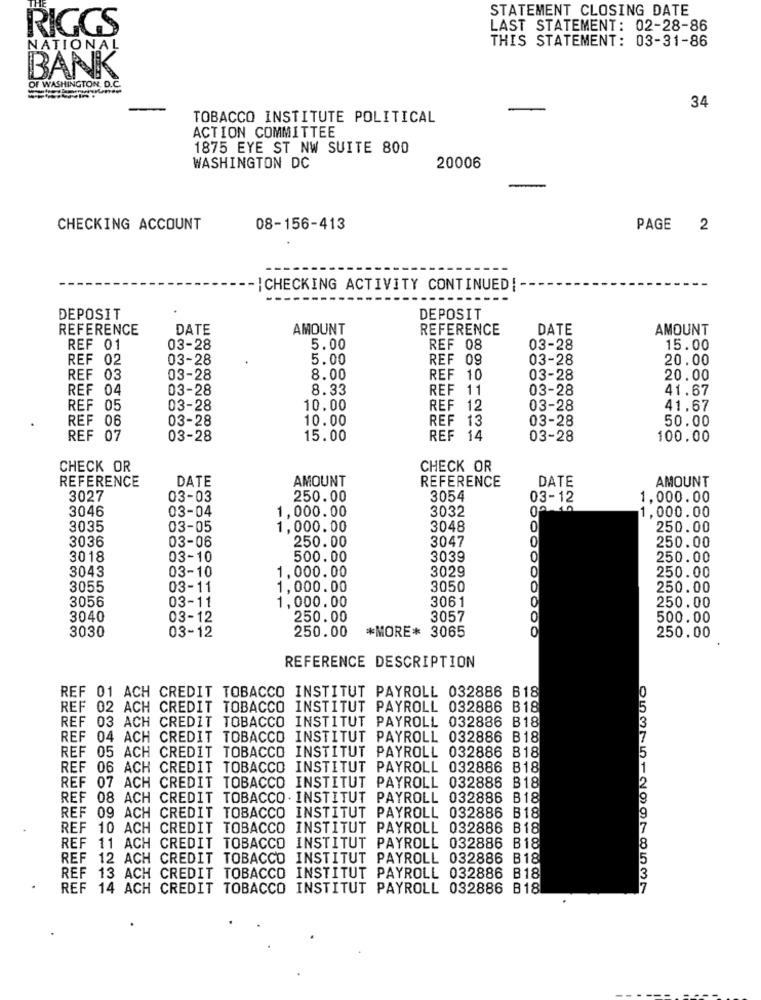
STATEMENT CLOSING DATE
RIGGS
LAST STATEMENT: 02-28-86
THIS STATEMENT: 03-31-86
NATIONAL
BANK
OF WASHINGTON, D.C.
34
TOBACCO INSTITUTE POLITICAL
ACTION COMMITTEE
1875 EYE ST NW SUITE 800
WASHINGTON DC
20006
CHECKING ACCOUNT
08-156-413
PAGE
2
-|CHECKING ACTIVITY CONTINUED !-
DEPOSIT
DEPOSIT
REFERENCE
DATE
AMOUNT
REFERENCE
DATE
AMOUNT
REF 01
03-28
5.00
REF 08
03-28
15.00
REF 02
03-28
5.00
REF 09
03-28
20.00
REF 03
03-28
8.00
REF 10
03-28
20.00
REF 04
03-28
8.33
REF 11
03-28
41.67
REF 05
03-28
10.00
REF 12
03-28
41.67
REF 06
03-28
10.00
REF 13
03-28
50.00
REF 07
03-28
15.00
REF 14
03-28
100.00
CHECK OR
CHECK OR
REFERENCE
DATE
AMOUNT
REFERENCE
DATE
AMOUNT
3027
03-03
250.00
3054
03-12
1,000.00
3046
1,000.00
3032
00.00
1,000.00
03-04
3035
03-05
1,000.00
3048
0
250.00
3036
250.00
0
03-06
3047
250.00
3018
03-10
500.00
3039
0
250.00
3043
03-10
3029
0
1,000.00
250.00
3055
03-11
1,000.00
3050
250.00
3056
03-11
1,000.00
3061
250.00
3040
03-12
250.00
3057
O
500.00
3030
03-12
250.00
*MORE* 3065
0
250.00
REFERENCE DESCRIPTION
REF 01 ACH CREDIT TOBACCO INSTITUT PAYROLL 032886 B18
REF 02 ACH CREDIT TOBACCO INSTITUT PAYROLL 032886 B18
REF 03 ACH CREDIT TOBACCO INSTITUT PAYROLL 032886 B18
REF 04 ACH CREDIT TOBACCO INSTITUT PAYROLL 032886 B18
REF 05 ACH CREDIT TOBACCO INSTITUT PAYROLL 032886 B18
REF 06 ACH CREDIT TOBACCO INSTITUT PAYROLL 032886 B18
REF 07 ACH
CREDIT TOBACCO
INSTITUT PAYROLL 032886 B18
REF 08 ACH
CREDIT TOBACCO . INSTITUT PAYROLL 032886 B18
REF 09 ACH
CREDIT TOBACCO
INSTITUT PAYROLL 032886 B18
REF 10 ACH CREDIT TOBACCO INSTITUT PAYROLL 032886 B18
REF 11 ACH CREDIT TOBACCO INSTITUT PAYROLL 032886 B18
REF 12 ACH CREDIT TOBACCO INSTITUT PAYROLL 032886 B18
REF 13 ACH CREDIT TOBACCO INSTITUT PAYROLL 032886 B18
REF 14 ACH CREDIT TOBACCO INSTITUT PAYROLL 032886 B18
05375129978537